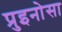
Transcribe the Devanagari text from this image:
प्रुइनोसा